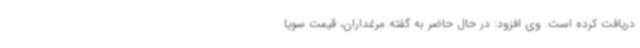
دریافت کرده است. وی افزود: در حال حاضر به گفته مرغداران، قیمت سویا